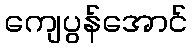
ကျေပွန်အောင်